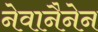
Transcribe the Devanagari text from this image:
नेवानैनेन